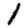
Digit: 1